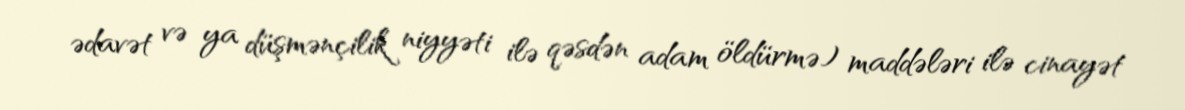
ədavət və ya düşmənçilik niyyəti ilə qəsdən adam öldürmə) maddələri ilə cinayət